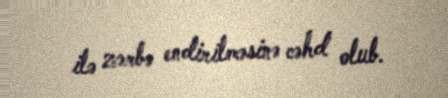
ilə zərbə endirilməsinə cəhd olub.